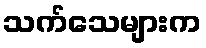
သက်သေများက